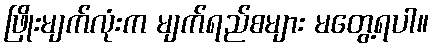
ဖြိုးမျက်လုံးက မျက်ရည်စများ မတွေ့ရပါ။